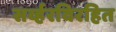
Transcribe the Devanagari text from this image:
सर्व्हरविरहित